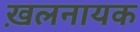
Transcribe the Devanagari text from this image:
ख़लनायक